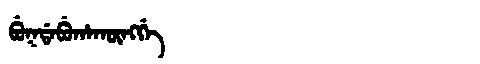
Manchu: ᠪᡠᡴᡩᠠᠪᡠᡥᠠᡴᡡᠩᡤᡝ
Romanization: BUKDABUHAKŪNGGE